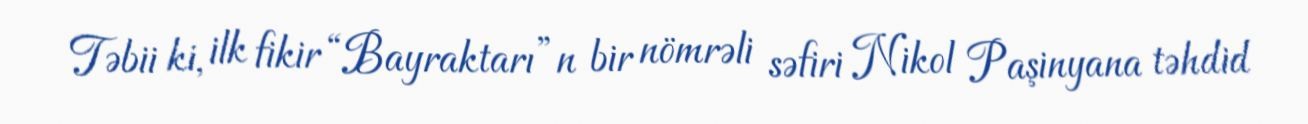
Təbii ki, ilk fikir “Bayraktarı”n bir nömrəli səfiri Nikol Paşinyana təhdid